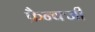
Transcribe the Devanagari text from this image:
फ्रैन्क्जी